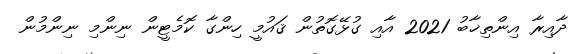
ދާއިރާ އިންތިޚާބު 2021 އާއި ގުޅޭގޮތުން ޤައުމީ ހިންގާ ކޮމެޓީން ނިންމި ނިންމުން